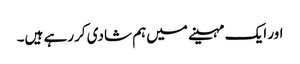
اور ایک مہینے میں‌ہم شادی کررہے ہیں۔